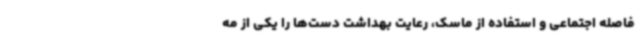
فاصله اجتماعی و استفاده از ماسک، رعایت بهداشت دست‌ها را یکی از مه